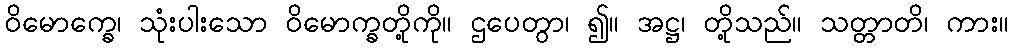
ဝိမောက္ခေ၊ သုံးပါးသော ဝိမောက္ခတို့ကို။ ဌပေတွာ၊ ၍။ အဋ္ဌ၊ တို့သည်။ သတ္တာတိ၊ ကား။